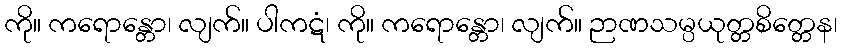
ကို။ ကရောန္တော၊ လျက်။ ပါကဋံ၊ ကို။ ကရောန္တော၊ လျက်။ ဉာဏသမ္ပယုတ္တစိတ္တေန၊